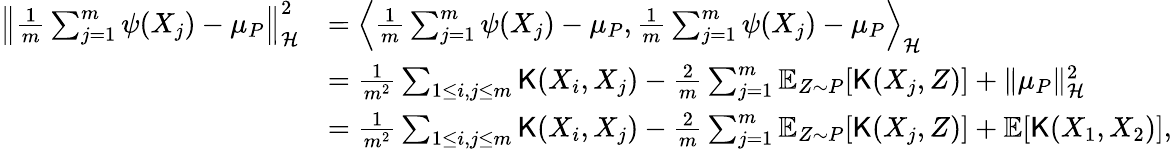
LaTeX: \begin{array}{rl}{\left\| \frac{1}{m}\sum_{j=1}^{m}\psi(X_{j})-\mu_{P}\right\| _{\mathcal{H}}^{2}}&{=\left\langle\frac{1}{m}\sum_{j=1}^{m}\psi(X_{j})-\mu_{P},\frac{1}{m}\sum_{j=1}^{m}\psi(X_{j})-\mu_{P}\right\rangle_{\mathcal{H}}}\\ &{=\frac{1}{m^{2}}\sum_{1\leq i,j\leq m}{\mathsf K}(X_{i},X_{j})-\frac{2}{m}\sum_{j=1}^{m}\mathbb{E}_{Z\sim P}[{\mathsf K}(X_{j},Z)]+\| \mu_{P}\| _{\mathcal{H}}^{2}}\\ &{=\frac{1}{m^{2}}\sum_{1\leq i,j\leq m}{\mathsf K}(X_{i},X_{j})-\frac{2}{m}\sum_{j=1}^{m}\mathbb{E}_{Z\sim P}[{\mathsf K}(X_{j},Z)]+\mathbb{E}[{\mathsf K}(X_{1},X_{2})],}\end{array}